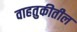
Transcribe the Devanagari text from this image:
वाहतुकीतील